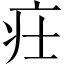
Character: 𤴶